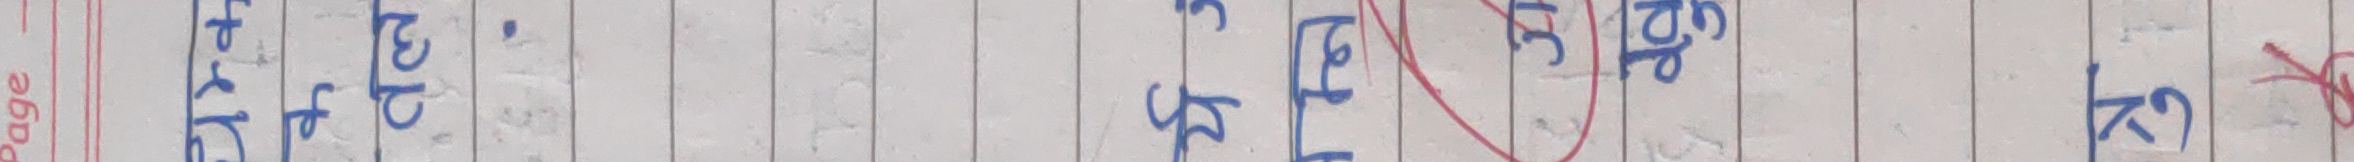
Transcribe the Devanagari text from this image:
हो कि